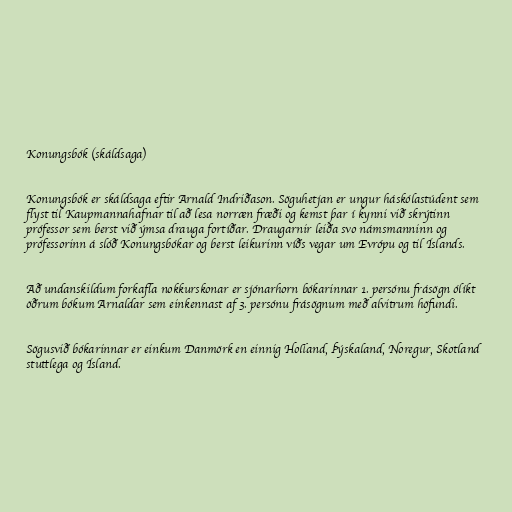
Konungsbók (skáldsaga)

Konungsbók er skáldsaga eftir Arnald Indriðason. Söguhetjan er ungur háskólastúdent sem
flyst til Kaupmannahafnar til að lesa norræn fræði og kemst þar í kynni við skrýtinn
prófessor sem berst við ýmsa drauga fortíðar. Draugarnir leiða svo námsmanninn og
prófessorinn á slóð Konungsbókar og berst leikurinn víðs vegar um Evrópu og til Íslands.

Að undanskildum forkafla nokkurskonar er sjónarhorn bókarinnar 1. persónu frásögn ólíkt
öðrum bókum Arnaldar sem einkennast af 3. persónu frásögnum með alvitrum höfundi.

Sögusvið bókarinnar er einkum Danmörk en einnig Holland, Þýskaland, Noregur, Skotland
stuttlega og Ísland.